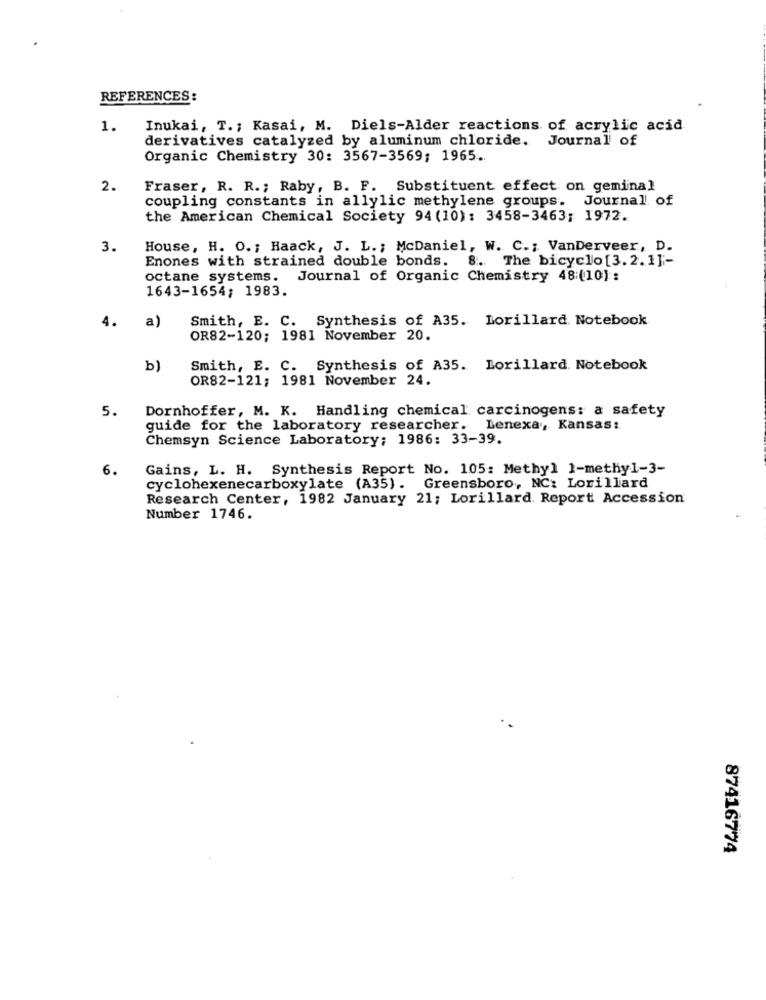
REFERENCES:
1.
Inukai, T .; Kasai, M. Diels-Alder reactions of acrylic acid
derivatives catalyzed by aluminum chloride. Journal of
Organic Chemistry 30: 3567-3569; 1965.
2.
Fraser, R. R .; Raby, B. F. Substituent effect on geminal
coupling constants in allylic methylene groups. Journal of
the American Chemical Society 94 (10): 3458-3463; 1972.
3.
House, H. O .; Haack, J. L .; McDaniel, W. C .; VanDerveer, D.
Enones with strained double bonds. 8. The bicyclo[3.2.1] ;-
octane systems. Journal of Organic Chemistry 48:(10) :
1643-1654; 1983.
4.
a)
Smith, E. C. Synthesis of A35. Lorillard. Notebook
OR82-120; 1981 November 20.
b)
Smith, E. C. Synthesis of A35. Lorillard. Notebook
OR82-121; 1981 November 24.
5.
Dornhoffer, M. K. Handling chemical carcinogens: a safety
guide for the laboratory researcher. Lenexa, Kansas:
Chemsyn Science Laboratory; 1986: 33-39.
6.
Gains, L. H. Synthesis Report No. 105: Methyl 1-methyl-3-
cyclohexenecarboxylate (A35). Greensboro, NC: Lorillard
Research Center, 1982 January 21; Lorillard. Report Accession
Number 1746.
87416774